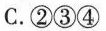
C.②③④